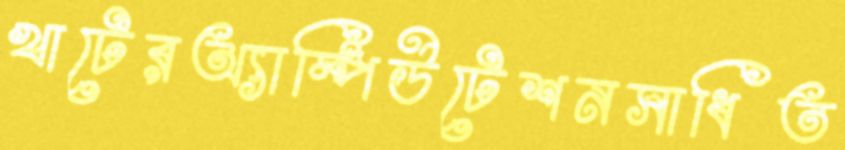
খাটেরঅ্যাম্পিউটেশনসাধিত